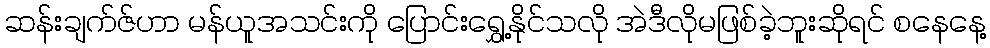
ဆန်းချက်ဇ်ဟာ မန်ယူအသင်းကို ပြောင်းရွှေ့နိုင်သလို အဲဒီလိုမဖြစ်ခဲ့ဘူးဆိုရင် စနေနေ့